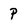
Character: P